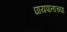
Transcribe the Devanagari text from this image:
घायपाताच्या